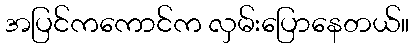
အပြင်ကကောင်က လှမ်းပြောနေတယ်။